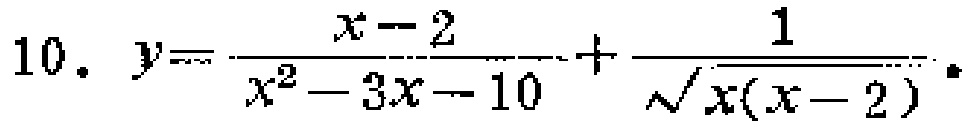
10. \(y = \frac{x - 2}{x^{2}-3x - 10}+\frac{1}{\sqrt{x(x - 2)}}\)